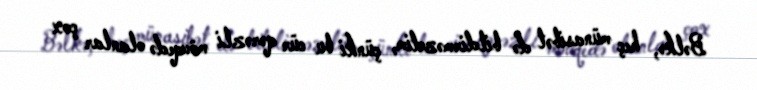
Bəlkə, heç münasibət də bildirməzdim, çünki bu cür qərəzli mövqedə olanlar çox